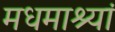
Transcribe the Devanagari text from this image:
मधमाश्यां